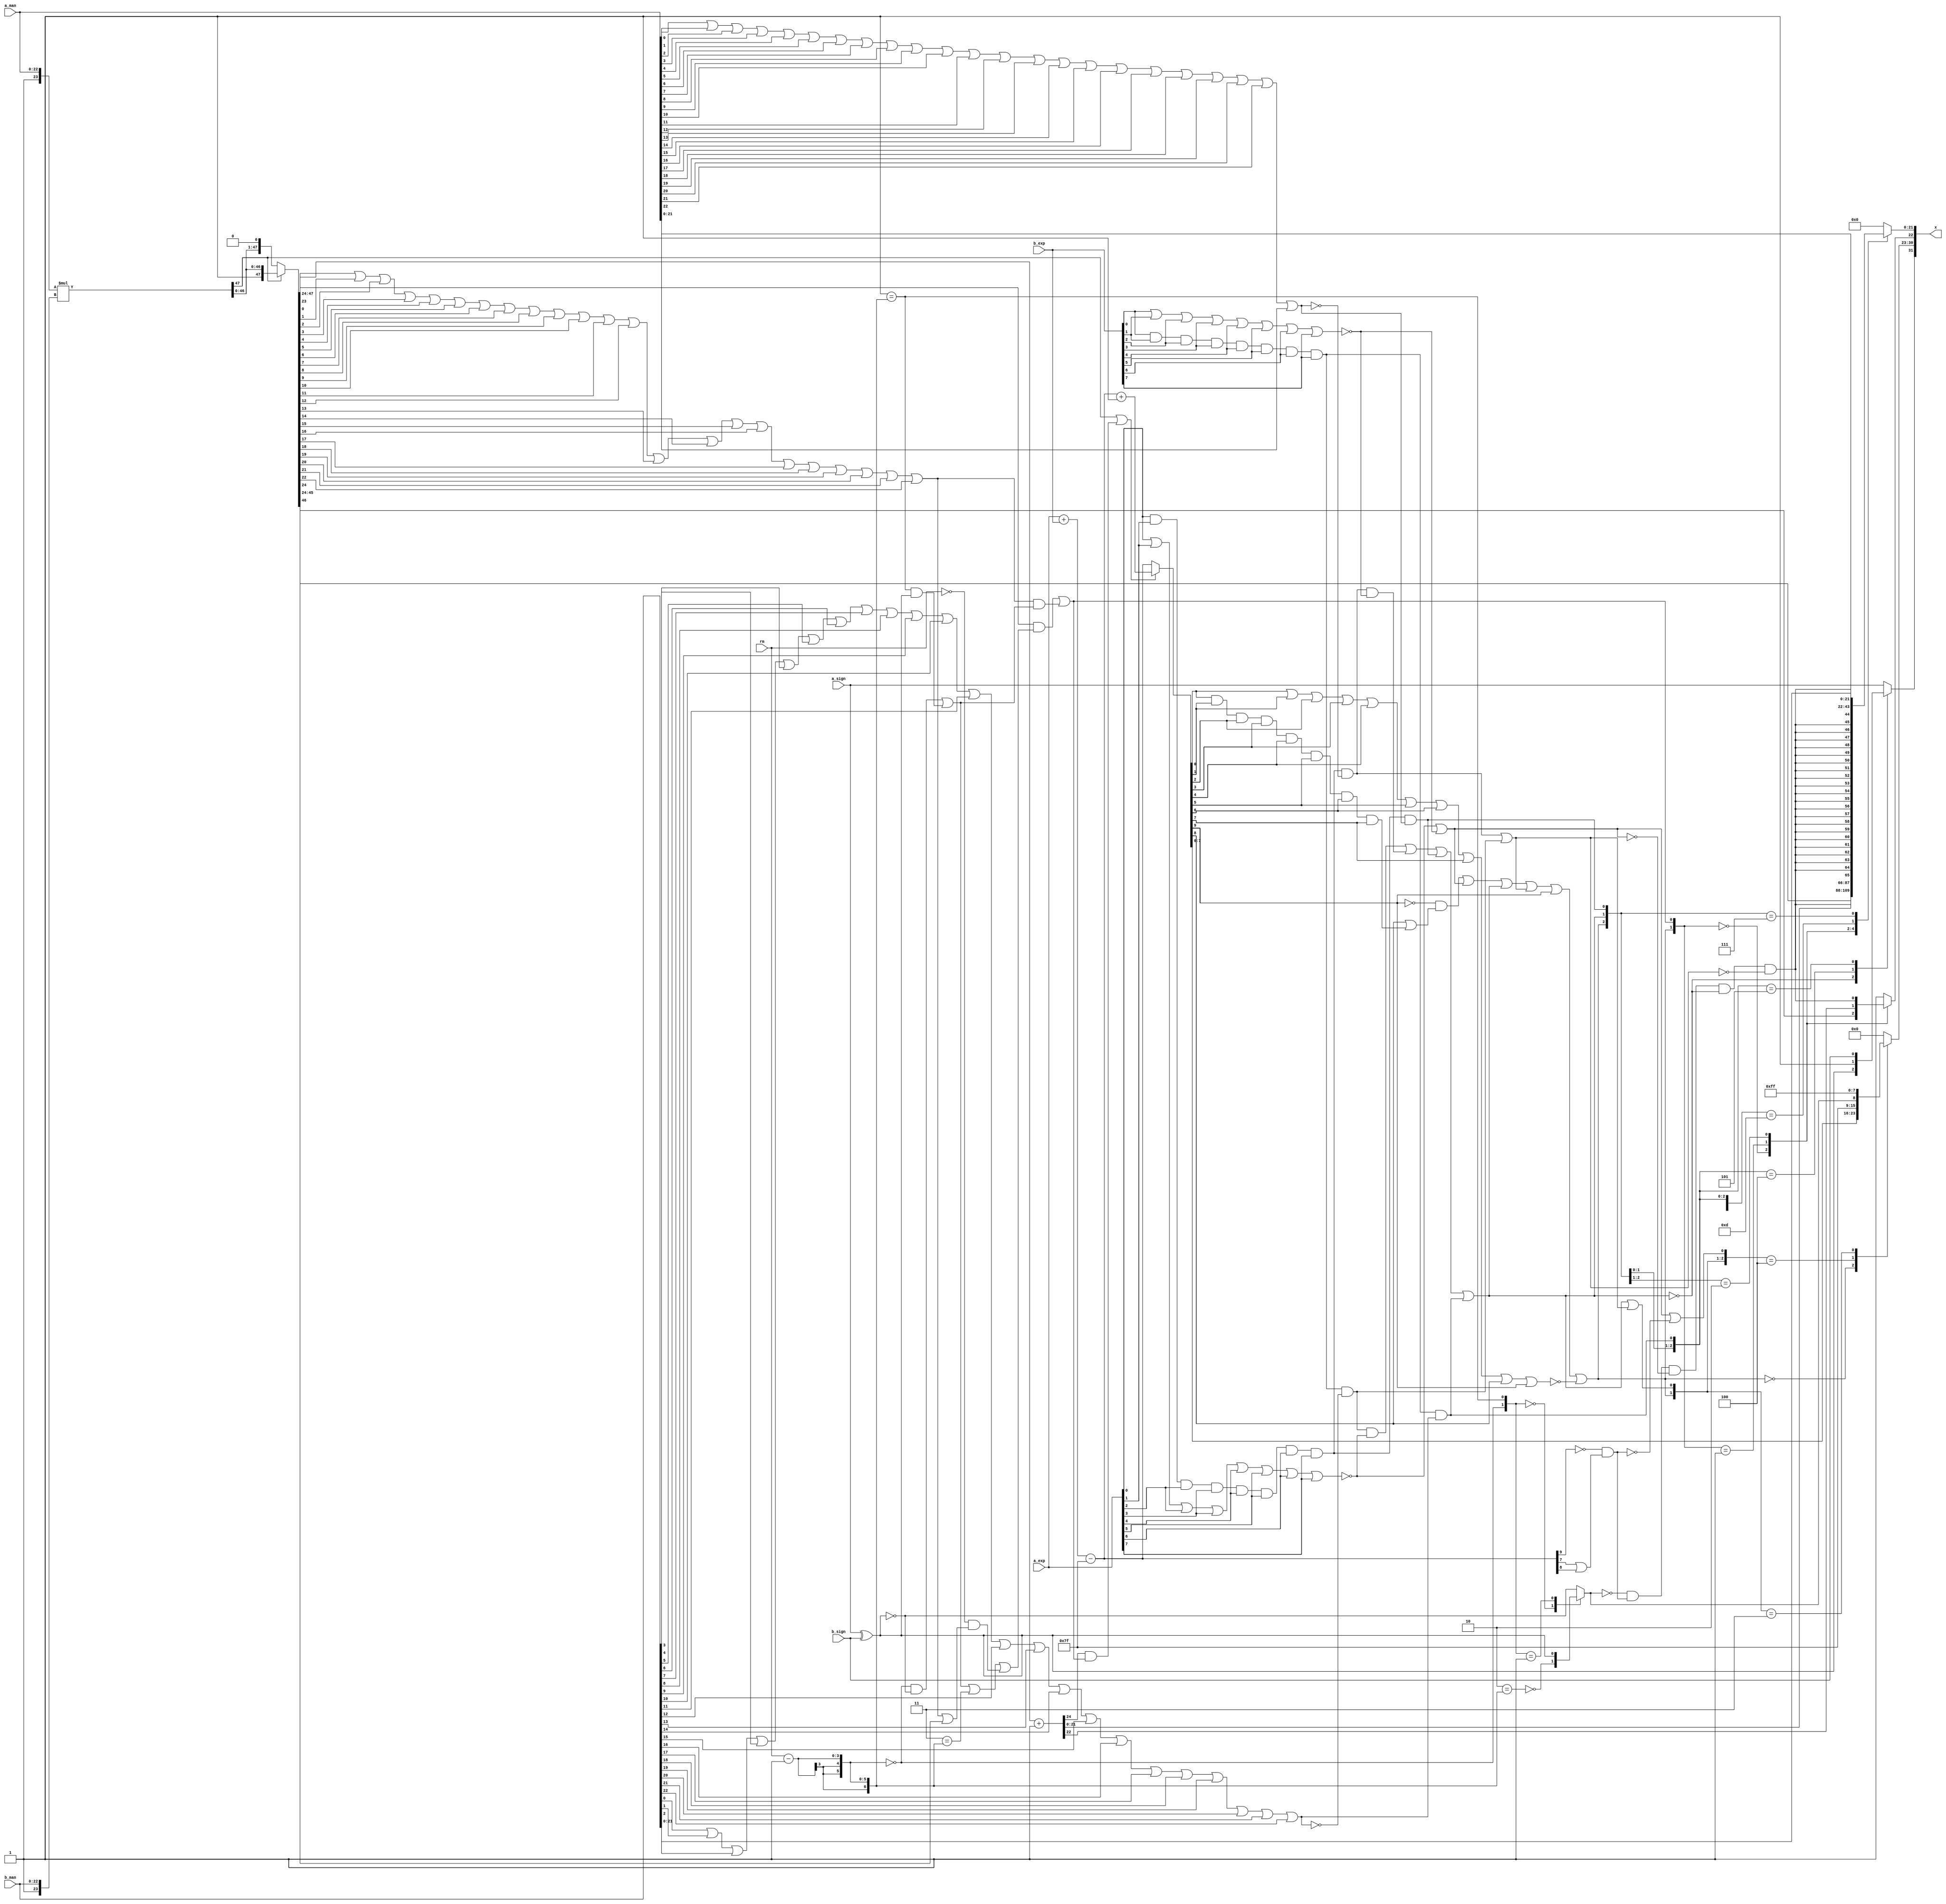
/*****************************************************************************
    Verilog RTL Description
    
    
    Created by: CellMath Designer 2019.1.01 
*******************************************************************************/

module fp_div_cynw_cm_float_mul_ieee_E8_M23_0 (
	a_sign,
	a_exp,
	a_man,
	b_sign,
	b_exp,
	b_man,
	rm,
	x
	); /* architecture "behavioural" */ 
input  a_sign;
input [7:0] a_exp;
input [22:0] a_man;
input  b_sign;
input [7:0] b_exp;
input [22:0] b_man;
input [2:0] rm;
output [31:0] x;
wire [31:0] inst_cellmath__3;
wire  inst_cellmath__4,
	inst_cellmath__5,
	inst_cellmath__6,
	inst_cellmath__7,
	inst_cellmath__8,
	inst_cellmath__10,
	inst_cellmath__12,
	inst_cellmath__13,
	inst_cellmath__14,
	inst_cellmath__15,
	inst_cellmath__17,
	inst_cellmath__19,
	inst_cellmath__20,
	inst_cellmath__21,
	inst_cellmath__22,
	inst_cellmath__23;
wire [47:0] inst_cellmath__24,
	inst_cellmath__25;
wire  inst_cellmath__26,
	inst_cellmath__27,
	inst_cellmath__28;
wire [9:0] inst_cellmath__30,
	inst_cellmath__31;
wire  inst_cellmath__32,
	inst_cellmath__34,
	inst_cellmath__38,
	inst_cellmath__41,
	inst_cellmath__42,
	inst_cellmath__44;
wire [24:0] inst_cellmath__45;
wire  inst_cellmath__46,
	inst_cellmath__47;
wire [9:0] inst_cellmath__48;
wire  inst_cellmath__49,
	inst_cellmath__51;
wire [7:0] inst_cellmath__52;
wire [22:0] inst_cellmath__53;
wire [23:0] inst_cellmath__24__4,
	inst_cellmath__24__5;
wire [47:0] inst_cellmath__25__7;
wire [0:0] inst_cellmath__26__8,
	inst_cellmath__26__9,
	inst_cellmath__32__11,
	inst_cellmath__44__29,
	inst_cellmath__44__28,
	inst_cellmath__44__30,
	inst_cellmath__44__31,
	inst_cellmath__44__27,
	inst_cellmath__44__26,
	inst_cellmath__44__33,
	inst_cellmath__44__32;
wire [8:0] inst_cellmath__37__40;
wire [0:0] inst_cellmath__37__42,
	inst_cellmath__37__43,
	inst_cellmath__51__49,
	inst_cellmath__51__48,
	inst_cellmath__50__50;
wire [2:0] inst_cellmath__26_0;
wire [1:0] inst_cellmath__5_0;
wire [2:0] inst_cellmath__49_0;
wire [4:0] inst_cellmath__49_1_0;
wire [2:0] inst_cellmath__49_1_1;

assign inst_cellmath__24__4 = {1'B1,a_man};

assign inst_cellmath__17 = 
	(b_exp[0])
	&(b_exp[1])
	&(b_exp[2])
	&(b_exp[3])
	&(b_exp[4])
	&(b_exp[5])
	&(b_exp[6])
	&(b_exp[7]);

assign inst_cellmath__19 = ~(
	(b_man[0])
	|(b_man[1])
	|(b_man[2])
	|(b_man[3])
	|(b_man[4])
	|(b_man[5])
	|(b_man[6])
	|(b_man[7])
	|(b_man[8])
	|(b_man[9])
	|(b_man[10])
	|(b_man[11])
	|(b_man[12])
	|(b_man[13])
	|(b_man[14])
	|(b_man[15])
	|(b_man[16])
	|(b_man[17])
	|(b_man[18])
	|(b_man[19])
	|(b_man[20])
	|(b_man[21])
	|(b_man[22]));

assign inst_cellmath__21 = 
	(inst_cellmath__17)
	&(inst_cellmath__19);

assign inst_cellmath__13 = ~(
	(a_exp[0])
	|(a_exp[1])
	|(a_exp[2])
	|(a_exp[3])
	|(a_exp[4])
	|(a_exp[5])
	|(a_exp[6])
	|(a_exp[7]));

assign inst_cellmath__26__9 = 
	(inst_cellmath__21)
	&(inst_cellmath__13);

assign inst_cellmath__10 = 
	(a_exp[0])
	&(a_exp[1])
	&(a_exp[2])
	&(a_exp[3])
	&(a_exp[4])
	&(a_exp[5])
	&(a_exp[6])
	&(a_exp[7]);

assign inst_cellmath__12 = ~(
	(a_man[0])
	|(a_man[1])
	|(a_man[2])
	|(a_man[3])
	|(a_man[4])
	|(a_man[5])
	|(a_man[6])
	|(a_man[7])
	|(a_man[8])
	|(a_man[9])
	|(a_man[10])
	|(a_man[11])
	|(a_man[12])
	|(a_man[13])
	|(a_man[14])
	|(a_man[15])
	|(a_man[16])
	|(a_man[17])
	|(a_man[18])
	|(a_man[19])
	|(a_man[20])
	|(a_man[21])
	|(a_man[22]));

assign inst_cellmath__14 = 
	(inst_cellmath__10)
	&(inst_cellmath__12);

assign inst_cellmath__20 = ~(
	(b_exp[0])
	|(b_exp[1])
	|(b_exp[2])
	|(b_exp[3])
	|(b_exp[4])
	|(b_exp[5])
	|(b_exp[6])
	|(b_exp[7]));

assign inst_cellmath__26__8 = 
	(inst_cellmath__14)
	&(inst_cellmath__20);

assign inst_cellmath__15 = 
	(inst_cellmath__10)
	&((~inst_cellmath__12));

assign inst_cellmath__22 = 
	(inst_cellmath__17)
	&((~inst_cellmath__19));

assign inst_cellmath__26 = 
	(inst_cellmath__26__9)
	|(inst_cellmath__26__8)
	|(inst_cellmath__15)
	|(inst_cellmath__22);

assign inst_cellmath__26_0 = {inst_cellmath__26,inst_cellmath__15,inst_cellmath__22};

assign inst_cellmath__23 = 
	(a_sign)
	^(b_sign);

reg [0:0] inst_cellmath__41_tmp_0;
assign inst_cellmath__41 = inst_cellmath__41_tmp_0;
always @ (inst_cellmath__26_0 or inst_cellmath__23 or b_sign or a_sign) begin
	casez (inst_cellmath__26_0)
		3'B0?? : inst_cellmath__41_tmp_0 = inst_cellmath__23 ;
		3'B100 : inst_cellmath__41_tmp_0 = 1'B1 ;
		3'B101 : inst_cellmath__41_tmp_0 = b_sign ;
		default : inst_cellmath__41_tmp_0 = a_sign ;
	endcase
end

assign inst_cellmath__24__5 = {1'B1,b_man};

assign inst_cellmath__24 = 
	+(inst_cellmath__24__4 * inst_cellmath__24__5);

assign inst_cellmath__25__7 = {inst_cellmath__24[46:0],1'B0};

reg [47:0] inst_cellmath__25_tmp_1;
assign inst_cellmath__25 = inst_cellmath__25_tmp_1;
always @ (inst_cellmath__24[47] or inst_cellmath__25__7 or inst_cellmath__24) begin
	case (inst_cellmath__24[47])
		1'B0 : inst_cellmath__25_tmp_1 = inst_cellmath__25__7 ;
		default : inst_cellmath__25_tmp_1 = inst_cellmath__24 ;
	endcase
end

assign inst_cellmath__45 = 
	+(inst_cellmath__25[47:24])
	+(25'B0000000000000000000000001);

assign inst_cellmath__5 = (6'B000000==(rm - 6'B000001));

assign inst_cellmath__44__31 = 
	(inst_cellmath__5)
	&((~inst_cellmath__23));

assign inst_cellmath__6 = (7'B0000001==(rm - 7'B0000001));

assign inst_cellmath__44__30 = 
	(inst_cellmath__6)
	&(inst_cellmath__23);

assign inst_cellmath__8 = (7'B0000011==(rm - 7'B0000001));

assign inst_cellmath__4 = (7'B0000000==rm);

assign inst_cellmath__34 = 
	(inst_cellmath__25[0])
	|(inst_cellmath__25[1])
	|(inst_cellmath__25[2])
	|(inst_cellmath__25[3])
	|(inst_cellmath__25[4])
	|(inst_cellmath__25[5])
	|(inst_cellmath__25[6])
	|(inst_cellmath__25[7])
	|(inst_cellmath__25[8])
	|(inst_cellmath__25[9])
	|(inst_cellmath__25[10])
	|(inst_cellmath__25[11])
	|(inst_cellmath__25[12])
	|(inst_cellmath__25[13])
	|(inst_cellmath__25[14])
	|(inst_cellmath__25[15])
	|(inst_cellmath__25[16])
	|(inst_cellmath__25[17])
	|(inst_cellmath__25[18])
	|(inst_cellmath__25[19])
	|(inst_cellmath__25[20])
	|(inst_cellmath__25[21])
	|(inst_cellmath__25[22]);

assign inst_cellmath__44__29 = 
	(inst_cellmath__34)
	|(inst_cellmath__25[24]);

assign inst_cellmath__44__28 = 
	(inst_cellmath__4)
	&(inst_cellmath__44__29);

assign inst_cellmath__44__27 = 
	(inst_cellmath__44__31)
	|(inst_cellmath__44__30)
	|(inst_cellmath__8)
	|(inst_cellmath__44__28);

assign inst_cellmath__44__26 = 
	(inst_cellmath__25[23])
	&(inst_cellmath__44__27);

assign inst_cellmath__44__33 = 
	(inst_cellmath__44__30)
	|(inst_cellmath__44__31);

assign inst_cellmath__44__32 = 
	(inst_cellmath__34)
	&(inst_cellmath__44__33);

assign inst_cellmath__44 = 
	(inst_cellmath__44__26)
	|(inst_cellmath__44__32);

assign inst_cellmath__46 = 
	(inst_cellmath__45[24])
	&(inst_cellmath__44);

assign inst_cellmath__38 = 
	(inst_cellmath__24[47])
	|(inst_cellmath__46);

wire [9:0] inst_cellmath__30_tmp_2;
assign inst_cellmath__30_tmp_2 = 
	+(a_exp)
	+(b_exp);
assign inst_cellmath__30 = inst_cellmath__30_tmp_2
	-(10'B0001111111);

assign inst_cellmath__31 = 
	+(inst_cellmath__30)
	+(10'B0000000001);

reg [9:0] inst_cellmath__48_tmp_3;
assign inst_cellmath__48 = inst_cellmath__48_tmp_3;
always @ (inst_cellmath__38 or inst_cellmath__30 or inst_cellmath__31) begin
	case (inst_cellmath__38)
		1'B0 : inst_cellmath__48_tmp_3 = inst_cellmath__30 ;
		default : inst_cellmath__48_tmp_3 = inst_cellmath__31 ;
	endcase
end

assign inst_cellmath__51__49 = 
	(inst_cellmath__48[0])
	&(inst_cellmath__48[1])
	&(inst_cellmath__48[2])
	&(inst_cellmath__48[3])
	&(inst_cellmath__48[4])
	&(inst_cellmath__48[5])
	&(inst_cellmath__48[6])
	&(inst_cellmath__48[7]);

assign inst_cellmath__51__48 = 
	(inst_cellmath__48[8])
	|(inst_cellmath__51__49);

assign inst_cellmath__51 = 
	((~inst_cellmath__48[9]))
	&(inst_cellmath__51__48);

assign inst_cellmath__28 = 
	(inst_cellmath__13)
	|(inst_cellmath__20);

assign inst_cellmath__27 = 
	(inst_cellmath__14)
	|(inst_cellmath__21);

assign inst_cellmath__50__50 = 
	(inst_cellmath__48[0])
	|(inst_cellmath__48[1])
	|(inst_cellmath__48[2])
	|(inst_cellmath__48[3])
	|(inst_cellmath__48[4])
	|(inst_cellmath__48[5])
	|(inst_cellmath__48[6])
	|(inst_cellmath__48[7])
	|(inst_cellmath__48[8])
	|(inst_cellmath__48[9]);

assign inst_cellmath__49 = 
	(inst_cellmath__51)
	|(inst_cellmath__28)
	|(inst_cellmath__26)
	|(inst_cellmath__27)
	|(inst_cellmath__48[9])
	|((~inst_cellmath__50__50));

assign inst_cellmath__37__43 = 
	(inst_cellmath__26)
	|(inst_cellmath__27);

assign inst_cellmath__32__11 = 
	(inst_cellmath__30[7])
	|(inst_cellmath__30[8]);

assign inst_cellmath__32 = ~(
	((~inst_cellmath__30[9]))
	&(inst_cellmath__32__11));

assign inst_cellmath__37__42 = 
	(inst_cellmath__28)
	|(inst_cellmath__32);

assign inst_cellmath__49_0 = {inst_cellmath__49,inst_cellmath__37__43,inst_cellmath__37__42};

assign inst_cellmath__5_0 = {inst_cellmath__5,inst_cellmath__6};

assign inst_cellmath__7 = (7'B0000010==(rm - 7'B0000001));

reg [0:0] inst_cellmath__42_tmp_4;
assign inst_cellmath__42 = inst_cellmath__42_tmp_4;
always @ (inst_cellmath__5_0 or inst_cellmath__7 or inst_cellmath__23) begin
	casez (inst_cellmath__5_0)
		2'B00 : inst_cellmath__42_tmp_4 = ~inst_cellmath__7 ;
		2'B01 : inst_cellmath__42_tmp_4 = inst_cellmath__23 ;
		default : inst_cellmath__42_tmp_4 = ~inst_cellmath__23 ;
	endcase
end

assign inst_cellmath__37__40[7:0] = {7'B1111111,inst_cellmath__42};

reg [7:0] inst_cellmath__52_tmp_5;
assign inst_cellmath__52 = inst_cellmath__52_tmp_5;
always @ (inst_cellmath__49_0 or inst_cellmath__48[7:0] or inst_cellmath__37__40[7:0]) begin
	casez (inst_cellmath__49_0)
		3'B0?? : inst_cellmath__52_tmp_5 = inst_cellmath__48[7:0] ;
		3'B100 : inst_cellmath__52_tmp_5 = inst_cellmath__37__40[7:0] ;
		3'B11? : inst_cellmath__52_tmp_5 = 8'B11111111 ;
		default : inst_cellmath__52_tmp_5 = {8{1'b0}} ;
	endcase
end

assign inst_cellmath__49_1_1 = {inst_cellmath__49,inst_cellmath__44,inst_cellmath__26};

assign inst_cellmath__47 = 
	((~inst_cellmath__42))
	&((~inst_cellmath__32))
	&((~inst_cellmath__28))
	&((~inst_cellmath__26))
	&((~inst_cellmath__27));

reg [0:0] inst_cellmath__53_22_;
assign inst_cellmath__53[22] = inst_cellmath__53_22_;
always @ (inst_cellmath__49_1_1 or inst_cellmath__25[46] or inst_cellmath__45[22] or inst_cellmath__47) begin
	casez (inst_cellmath__49_1_1)
		3'B00? : inst_cellmath__53_22_ = inst_cellmath__25[46] ;
		3'B01? : inst_cellmath__53_22_ = inst_cellmath__45[22] ;
		3'B1?0 : inst_cellmath__53_22_ = inst_cellmath__47 ;
		default : inst_cellmath__53_22_ = 1'B1 ;
	endcase
end

assign inst_cellmath__49_1_0 = {inst_cellmath__49,inst_cellmath__44,inst_cellmath__26,inst_cellmath__15,inst_cellmath__22};

reg [21:0] inst_cellmath__53_21_0_;
assign inst_cellmath__53[21:0] = inst_cellmath__53_21_0_;
always @ (inst_cellmath__49_1_0 or inst_cellmath__25[45:24] or inst_cellmath__45[21:0] or inst_cellmath__47 or b_man[21:0] or a_man[21:0]) begin
	casez (inst_cellmath__49_1_0)
		5'B00??? : inst_cellmath__53_21_0_ = inst_cellmath__25[45:24] ;
		5'B01??? : inst_cellmath__53_21_0_ = inst_cellmath__45[21:0] ;
		5'B1?0?? : inst_cellmath__53_21_0_ = {{21{inst_cellmath__47}}, inst_cellmath__47} ;
		5'B1?101 : inst_cellmath__53_21_0_ = b_man[21:0] ;
		5'B1?11? : inst_cellmath__53_21_0_ = a_man[21:0] ;
		default : inst_cellmath__53_21_0_ = {22{1'b0}} ;
	endcase
end

assign inst_cellmath__3 = {inst_cellmath__41,inst_cellmath__52,inst_cellmath__53};

assign x = inst_cellmath__3;
endmodule

/* CADENCE  urL1Tg7fqw== : u9/ySgnWtBlWxVPRXgAZ4Og= ** DO NOT EDIT THIS LINE **/